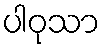
ပါဝုသာ